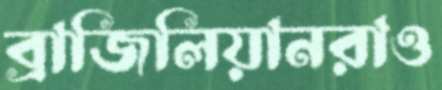
ব্রাজিলিয়ানরাও